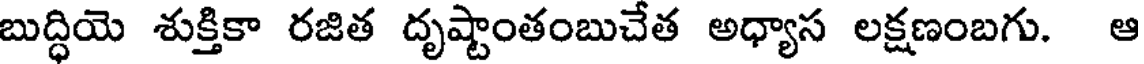
బుద్ధియె శుక్తికా రజిత దృష్టాంతంబుచేత అధ్యాస లక్షణంబగు. ఆ